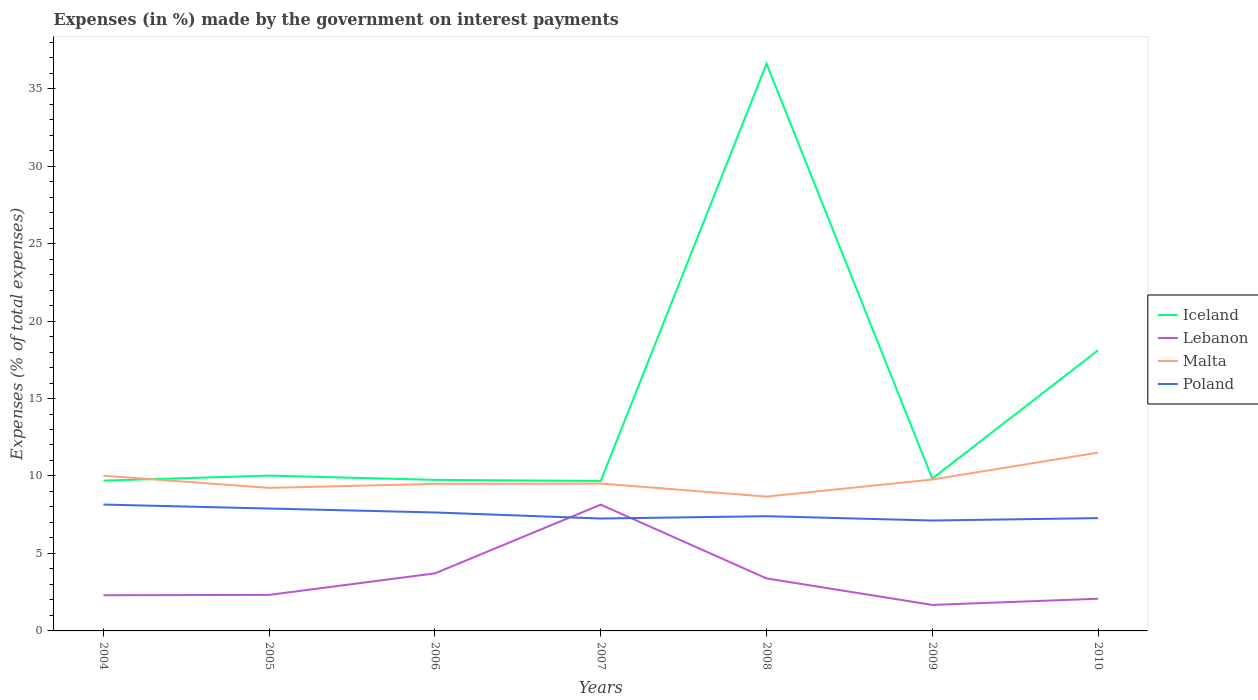
| Years | Iceland | Lebanon | Malta | Poland |
 | --- | --- | --- | --- | --- |
 | 2004 | 9.7 | 2.3 | 10 | 8.16 |
 | 2005 | 10 | 2.33 | 9.23 | 7.9 |
 | 2006 | 9.75 | 3.72 | 9.49 | 7.64 |
 | 2007 | 9.68 | 8.15 | 9.51 | 7.26 |
 | 2008 | 36.6 | 3.39 | 8.67 | 7.4 |
 | 2009 | 9.83 | 1.68 | 9.77 | 7.13 |
 | 2010 | 18.1 | 2.08 | 11.5 | 7.28 |